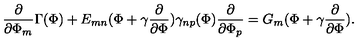
\frac { \partial } { \partial \Phi _ { m } } \Gamma ( \Phi ) + E _ { m n } ( \Phi + \gamma \frac { \partial } { \partial \Phi } ) \gamma _ { n p } ( \Phi ) \frac { \partial } { \partial \Phi _ { p } } = G _ { m } ( \Phi + \gamma \frac { \partial } { \partial \Phi } ) .